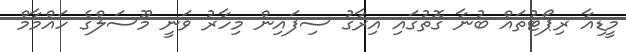
މީޑިއާ ރިޕޯޓުތައް ބުނާ ގޮތުގައި އިރާގު ސިފައިން މިހާރު ވަނީ މޫސަލްގެ ހައްމާމް